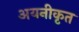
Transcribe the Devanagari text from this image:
अयनीकृत